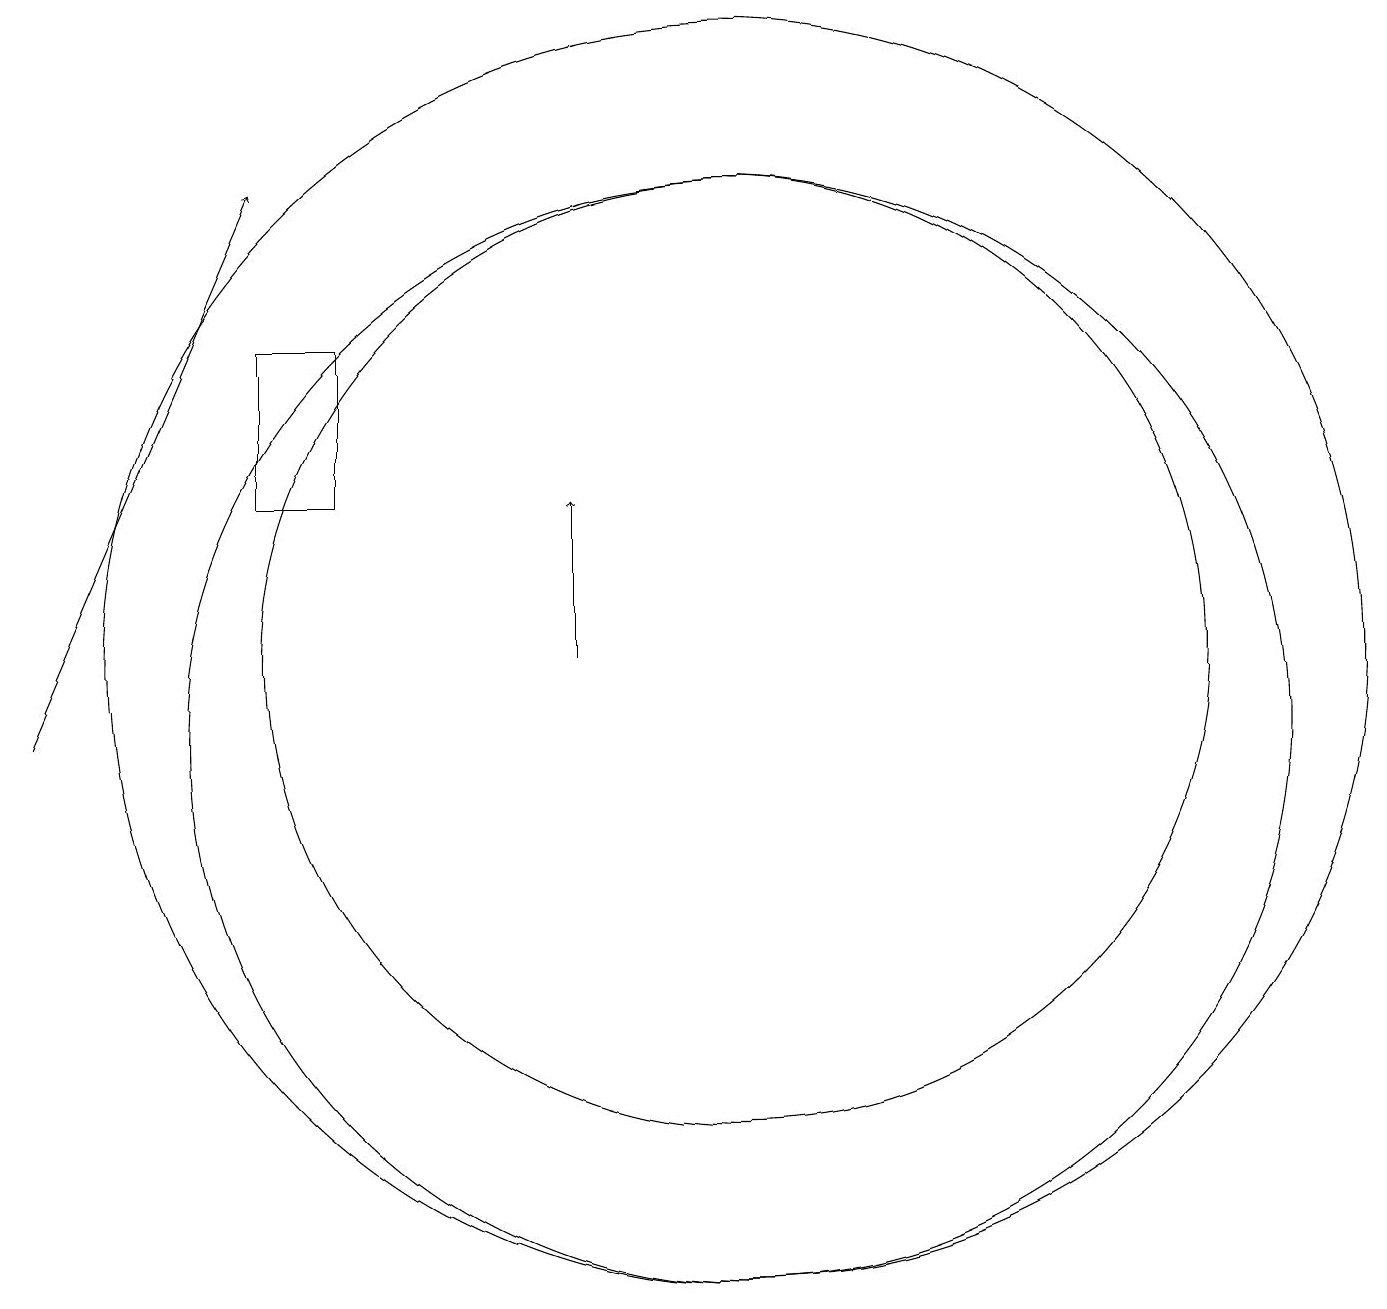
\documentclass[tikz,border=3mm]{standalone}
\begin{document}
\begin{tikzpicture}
\draw (10,11) circle (8);
\draw (5,15) rectangle (4,13);
\draw (10,11) circle (6);
\draw (10,10) circle (7);
\draw[->] (1,10) -- (4,17);
\draw[->] (8,11) -- (8,13);
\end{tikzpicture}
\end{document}